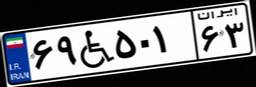
۶۹W۵۰۱۶۳